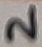
Text: 2